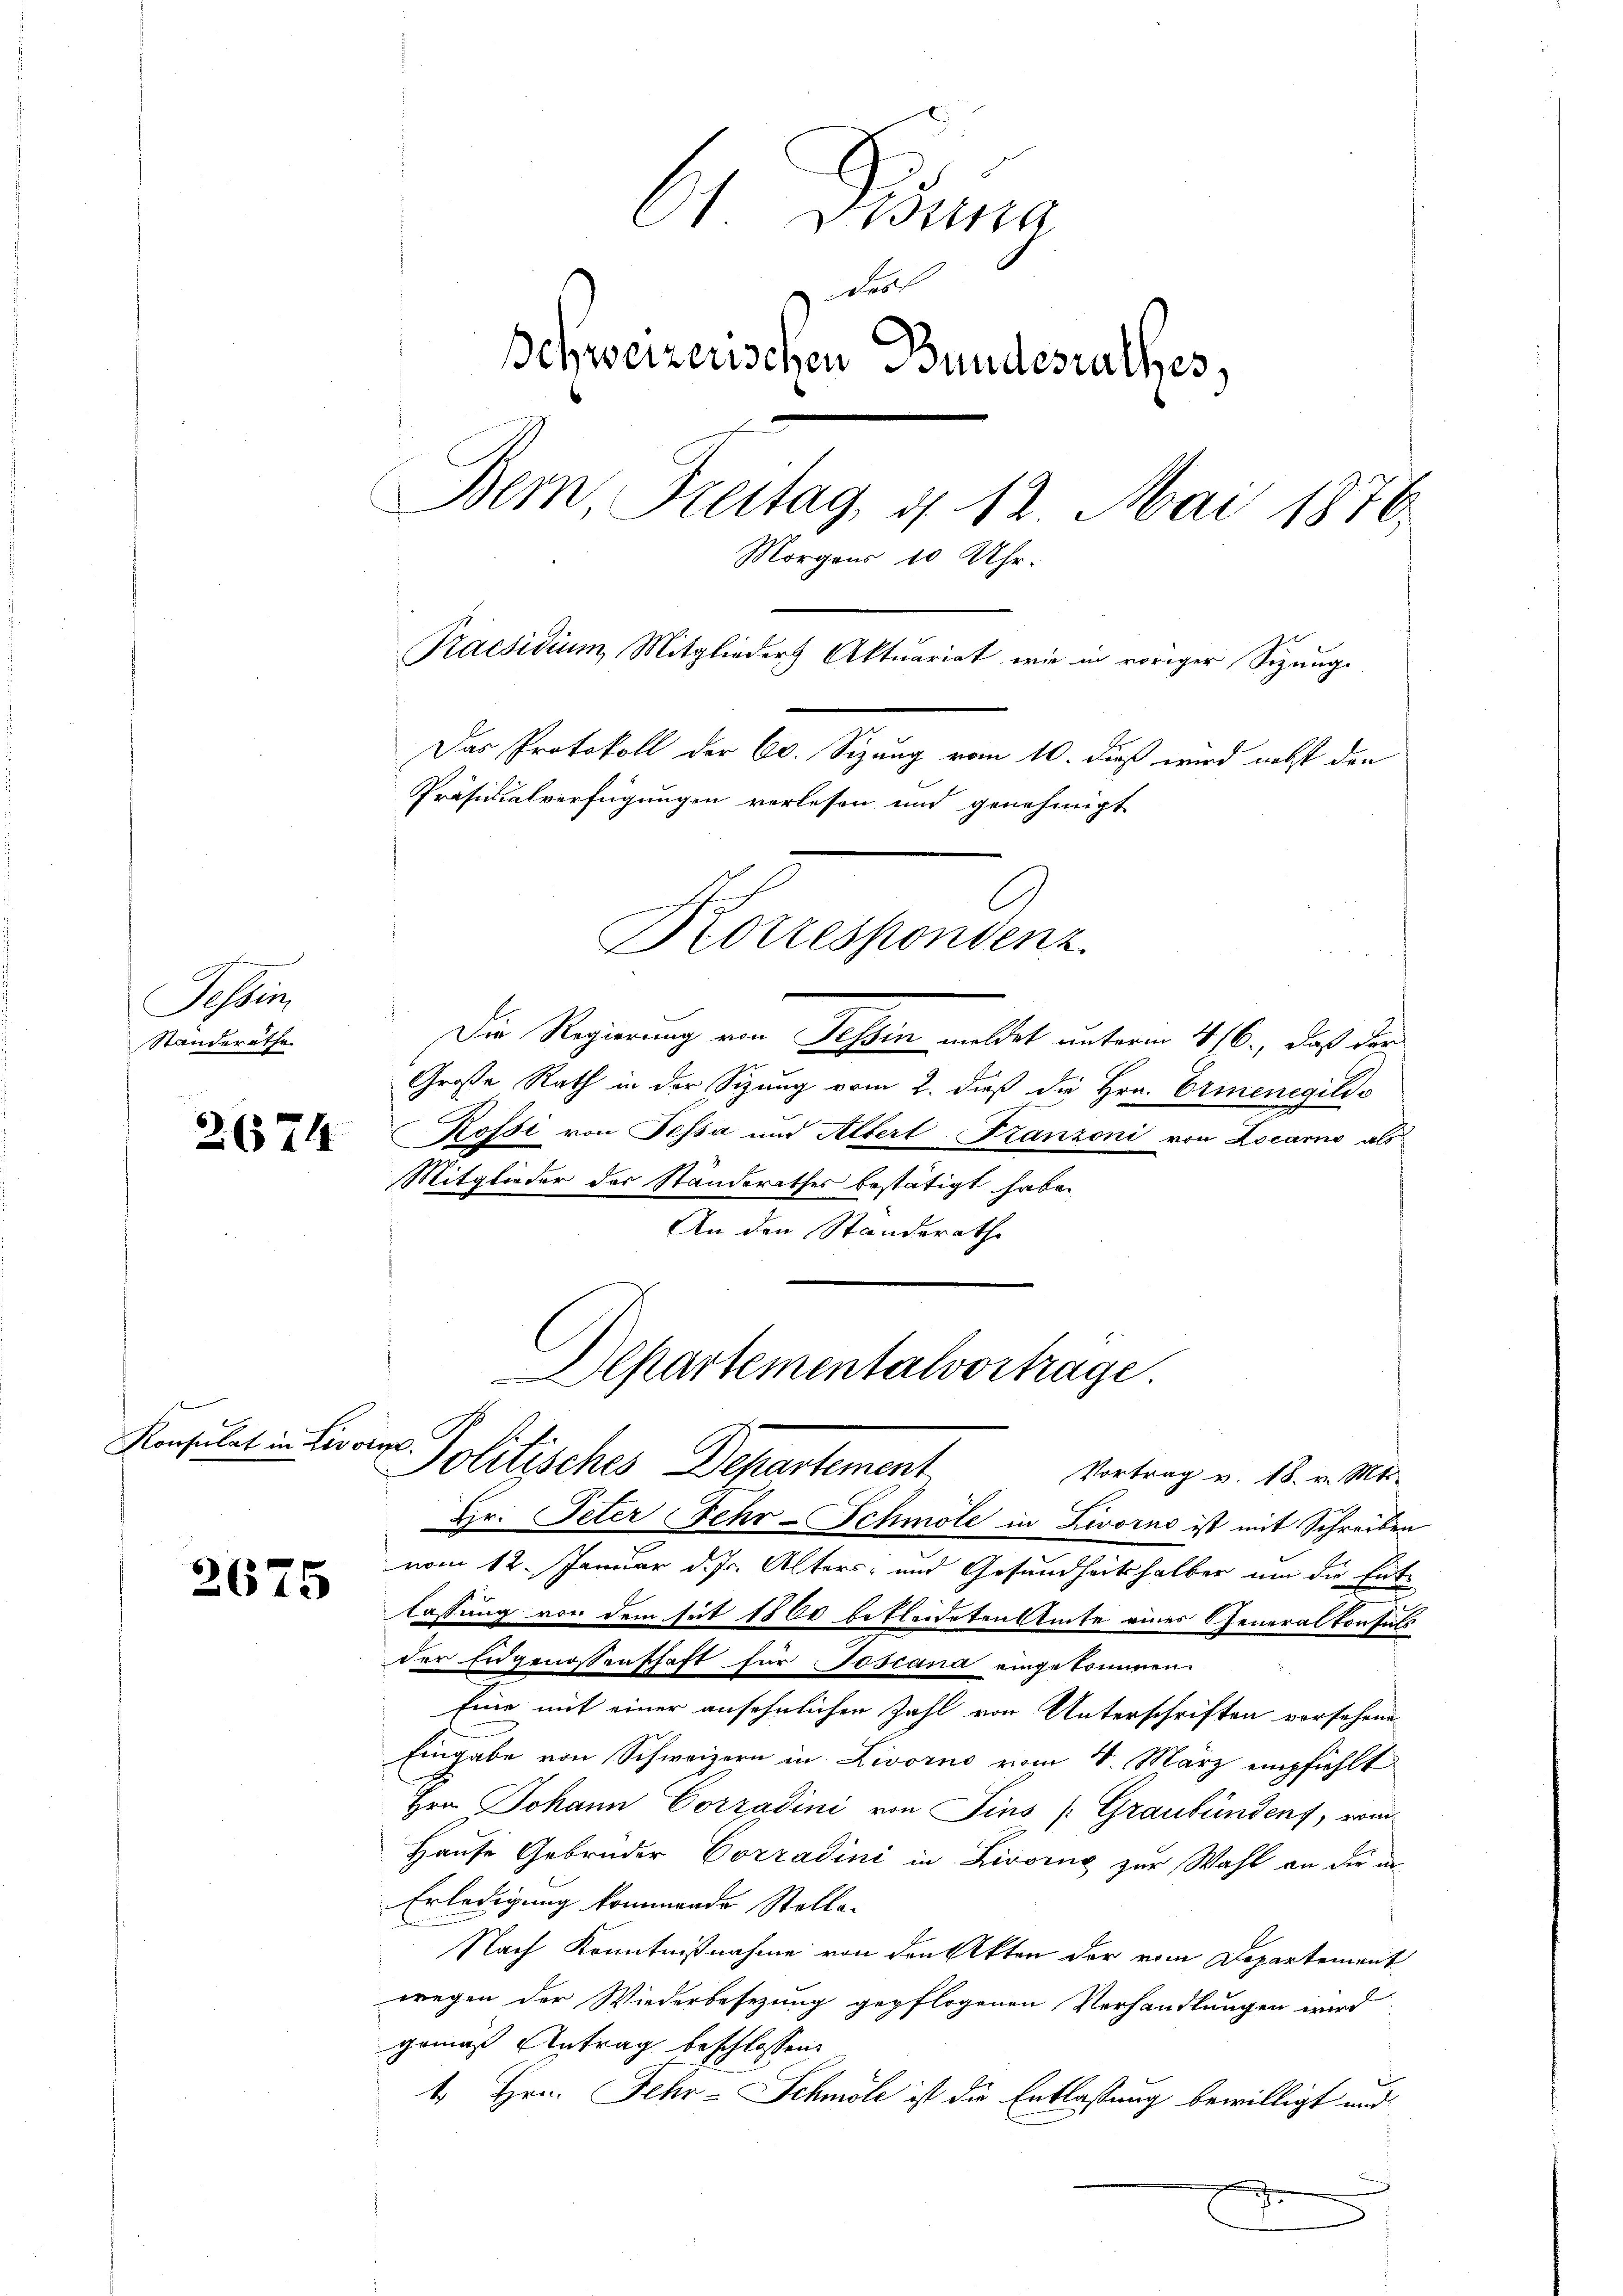
Schen
Standerathe

2674

Konsulat in Livorsp

2675

61 Visung
Schweizerischen Bundesrathes,
Bemn Freitag, d. 12 Mai 1876.
Morgens 10 Uhr.
Praesidium, Mitglieder Aktuariat, wie in voriger Sizung.
Das Protokoll der 60. Sizung vom 10. dieß wird nebst den
Präsidialverfügungen verlesen und genehmigt
Kotzespondenz
Die Regierung von Tessin meldet unterm 4/6., daß der
Große Rath in der Sizung vom 2. dieß die Hrn. Erinenegilis

Vortrag v. 18. v. Mts.
Hr. Peter Fehr-Schmöle in Livorno ist mit Schreiben
vom 12. Januar d. Js. Alters- und Gesundheitshalber um die Entlassung von dem seit 1860 befleideten Amte eines Generalkonsuls
der Eugenossenschaft für Joscana eingekommen.
Eine mit einer ansehnlichen Zahl von Unterschriften vorsehenen
Eingabe von Schweizern in Livorno vom 4. März empfiehlt
Hrn Johann Corradini von Fins (Graubündenf, vom
Hause Gebrüder Corradini in Livorne zur Wahl an die in
Erledigung kommende Stelle-
Nach Kenntnißnahme von den Akten der vom Departement
wegen der Wiederbesezung gepflogenen Verhandlungen wird
gemäß Antrag beschlossen
1. Hrn. Jehr-Schmöl ist die Entlassung bewilligt und
e

ofsi von Fessa und Albert Franzoni von Locarno als
Mitglieder der Standerathes bestätigt habe.
An den Standerathe

Departementalvortrage
Politisches Departement